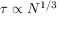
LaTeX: \tau \propto N ^ { 1 / 3 }